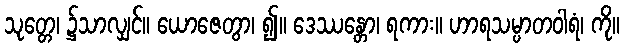
သုတ္တေ၊ ၌သာလျှင်။ ယောဇေတွာ၊ ၍။ ဒေဿန္တော၊ ရကား။ ဟာရသမ္ပာတဝါရံ၊ ကို။